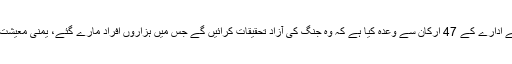
اقوام متحدہ کے انسانی حقوق کے سربراہ زید رعد الحسین نے ادارے کے 47 ارکان سے وعدہ کیا ہے کہ وہ جنگ کی آزاد تحقیقات کرائیں گے جس میں ہزاروں افراد مارے گئے، یمنی معیشت تباہ ہو گئی اور لاکھوں افراد قحط کے دہانے پر پہنچ گئے۔